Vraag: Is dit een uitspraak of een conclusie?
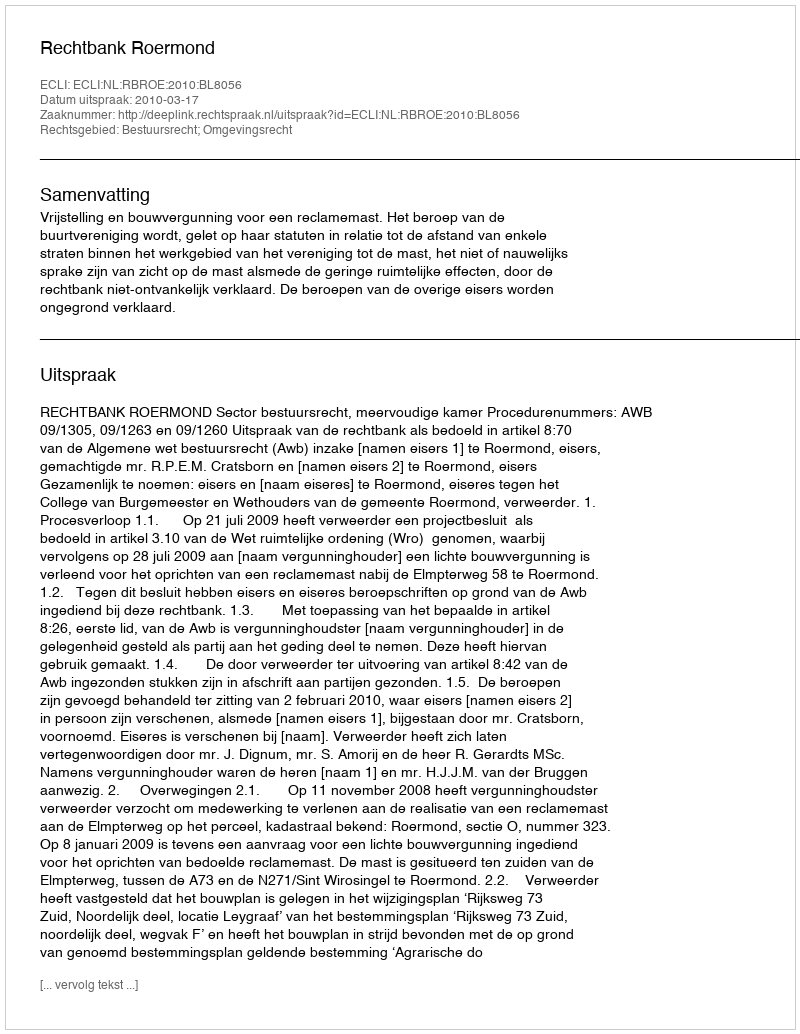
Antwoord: Uitspraak